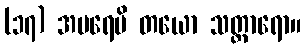
(၁၇) အပရေပိ တယော သတ္ထာရော။